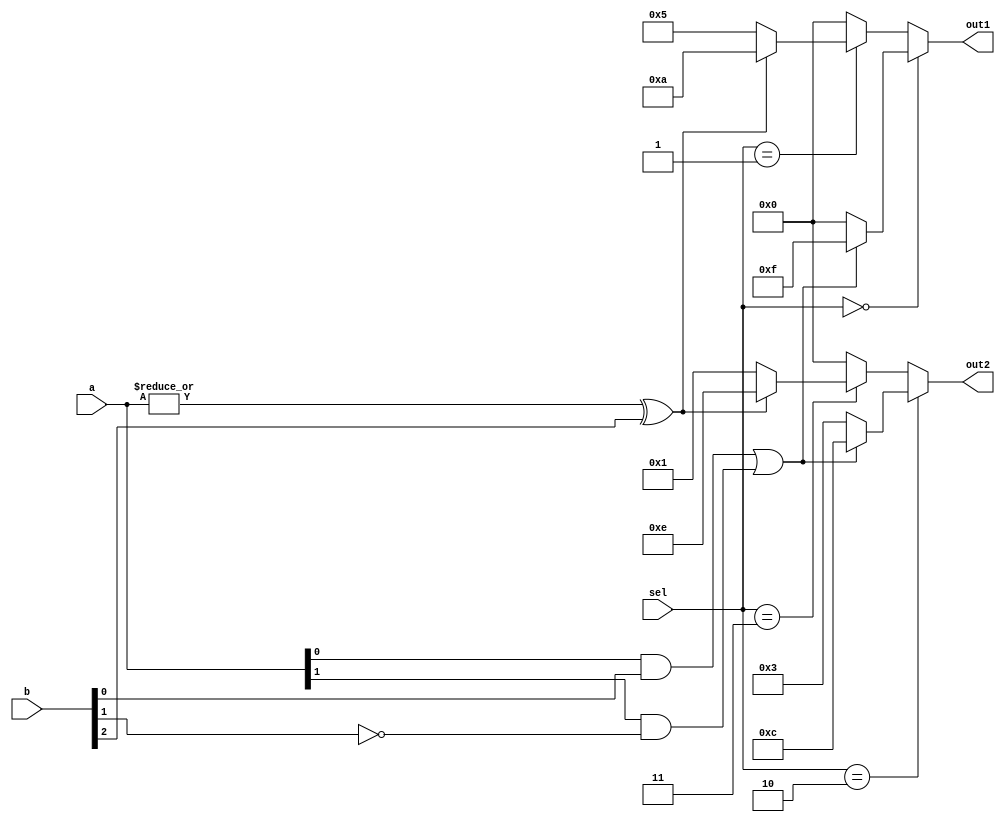
module overlap_combinational_logic (
    input wire [3:0] a,      // Input signals
    input wire [3:0] b,      // Input signals
    input wire [1:0] sel,    // Selector signal for multiplexing
    output wire [3:0] out1,   // Output for Function 1
    output wire [3:0] out2    // Output for Function 2
);

// Intermediate shared logic
wire common_logic1; // Shared logic for function implementation
wire common_logic2; // Another shared logic

// Shared logic evaluation (can be part of multiple functions)
assign common_logic1 = (a & b[0]) | (a[1] & ~b[1]);
assign common_logic2 = (|a) ^ b[2]; // Example of another shared logic

// Function 1 output
assign out1 = (sel == 2'b00) ? (common_logic1 ? 4'b1111 : 4'b0000) : // Function A
              (sel == 2'b01) ? (common_logic2 ? 4'b1010 : 4'b0101) : // Function B
              4'b0000; // Default output

// Function 2 output
assign out2 = (sel == 2'b10) ? (common_logic1 ? 4'b1100 : 4'b0011) : // Function C
              (sel == 2'b11) ? (common_logic2 ? 4'b1110 : 4'b0001) : // Function D
              4'b0000; // Default output

endmodule